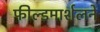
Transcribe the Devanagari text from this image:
फील्डमार्शलने